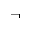
\neg